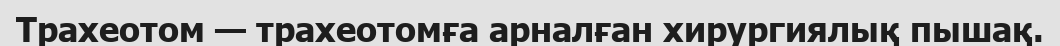
Трахеотом — трахеотомға арналған хирургиялық пышақ.